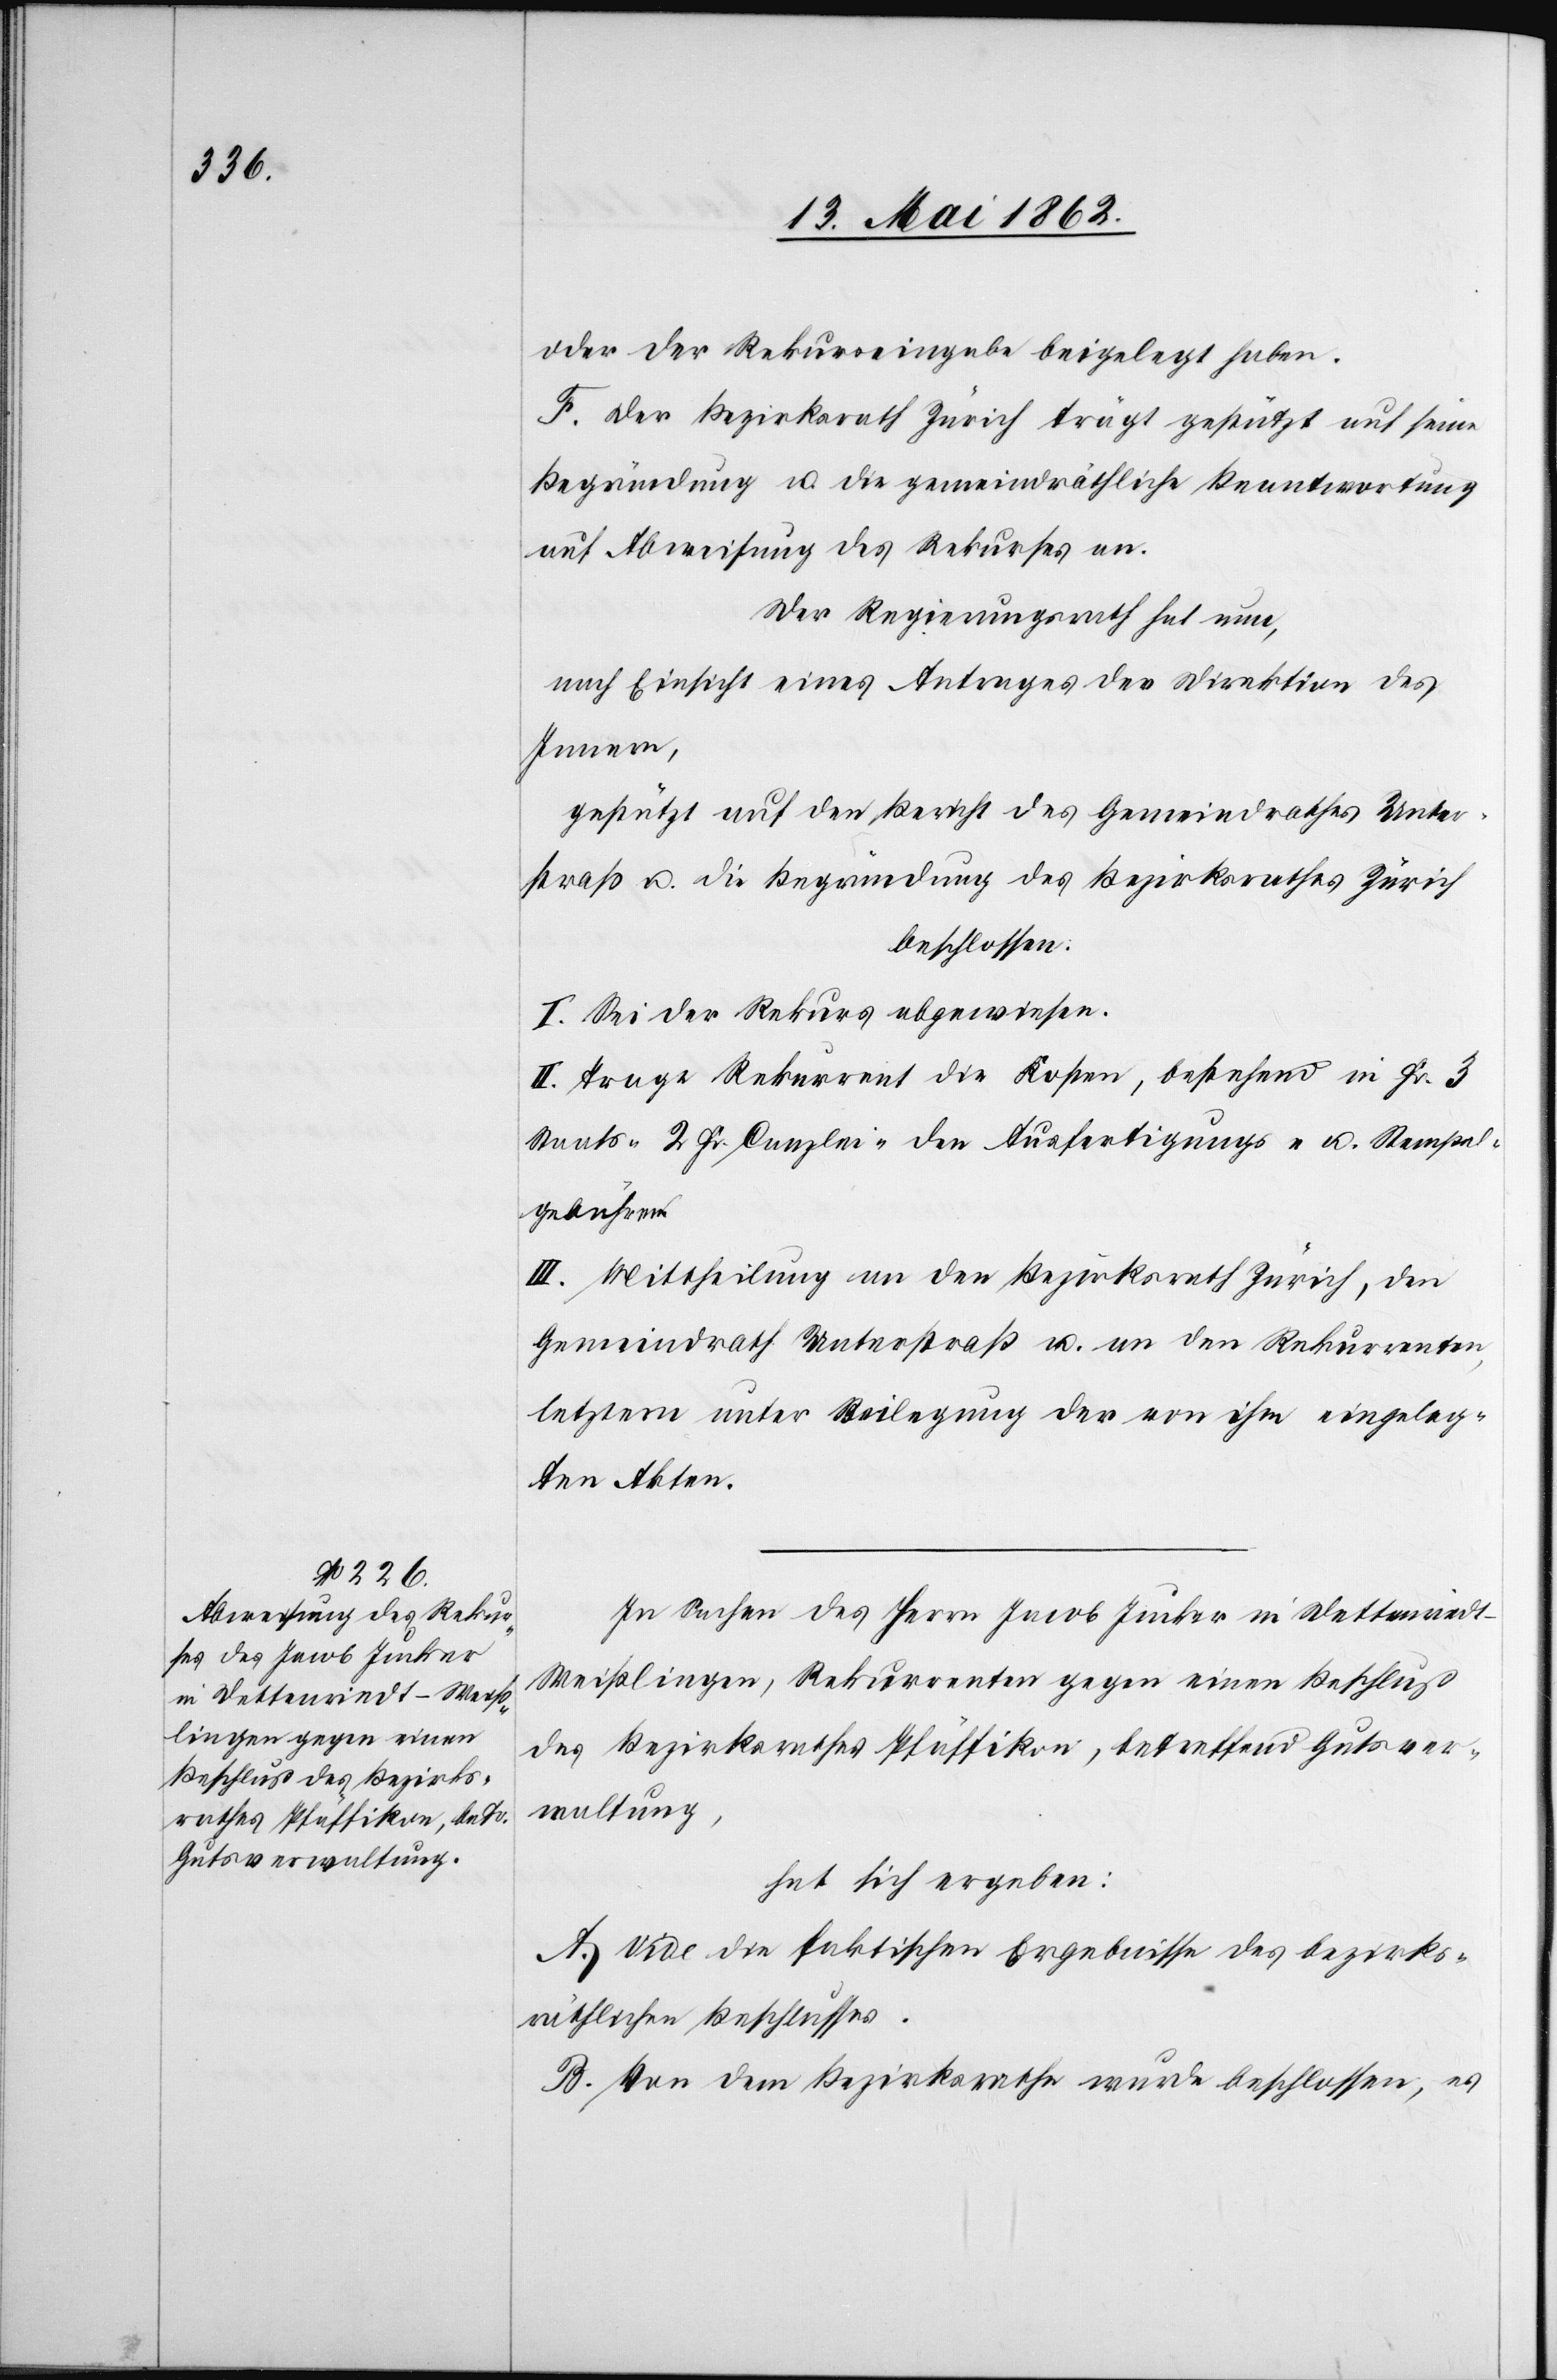
oder der Rekurseingabe beigelegt haben.
F. Der Bezirksrath Zürich trägt geschützt auf seine
Begründung u. die gemeindräthliche Beantwortung
auf Abweisung des Rekurses an.
Der Regierungsrath hat nun,
nach Einsicht eines Antrages der Direktion des
Innern,
gestützt auf den Bericht des Gemeindrathes Unter¬
straß u. die Begründung des Bezirksrathes Zürich
beschlossen:
I. Sei der Rekurs abgewiesen.
II. Trage Rekurrent die Kosten, bestehend in Fr. 3
Staats-[,] 2 Fr. Canzlei-[,] den Ausfertigungs- u. Stempel¬
gebühren.
III. Mittheilung an den Bezirksrath Zürich, den
Gemeindrath Unterstraß u. an den Rekurrenten,
letztern unter Beilegung der von ihm eingeleg¬
ten Akten.
In Sachen des Herrn Jacob Jucker in Dettenried¬
t-Weißlingen, Rekurrenten gegen einen Beschluß
des Bezirksrathes Pfäffikon, betreffend Gutsver¬
waltung,
hat sich ergeben:
A. Vide die faktischen Ergebnisse des bezirks¬
räthlichen Beschlusses.
B. Von dem Bezirksrathe wurde beschlossen, es